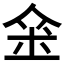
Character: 𠊍